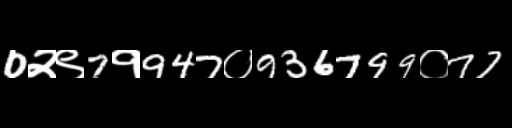
Text: 0२९7१947०936799०77